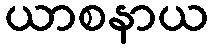
ယာစနာယ